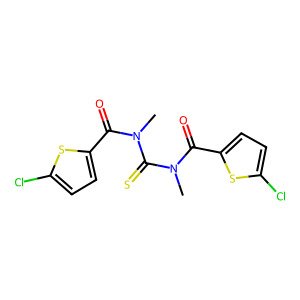
SMILES: CN(C(=O)c1ccc(Cl)s1)C(=S)N(C)C(=O)c1ccc(Cl)s1
Inhibits HIV replication: No